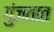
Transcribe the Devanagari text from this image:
गुंजतात